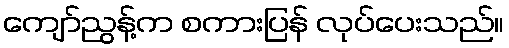
ကျော်ညွန့်က စကားပြန် လုပ်ပေးသည်။